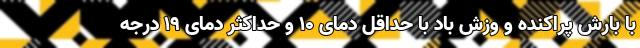
با بارش پراکنده و وزش باد با حداقل دمای ۱۰ و حداکثر دمای ۱۹ درجه